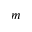
^ m